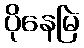
ပိုနေမြဲ